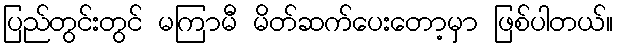
ပြည်တွင်းတွင် မကြာမီ မိတ်ဆက်ပေးတော့မှာ ဖြစ်ပါတယ်။